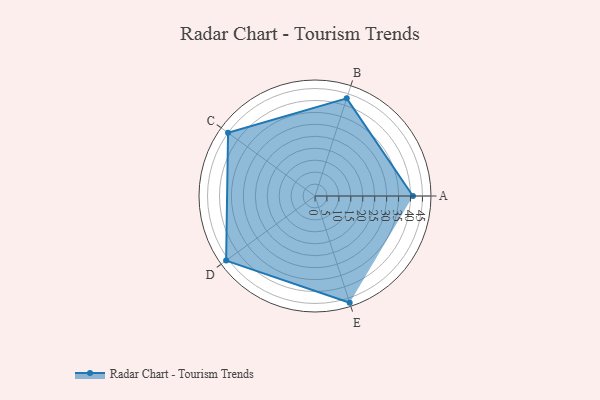
{"axis": {"x": "Skill", "y": "Score"}, "legend": ["Profile"], "data": [{"x": "A", "y": 41.0, "type": "Profile"}, {"x": "B", "y": 43.0, "type": "Profile"}, {"x": "C", "y": 45.0, "type": "Profile"}, {"x": "D", "y": 46.0, "type": "Profile"}, {"x": "E", "y": 47.0, "type": "Profile"}]}